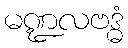
မဏ္ဍလဗဒ္ဓံ